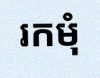
រកមុំ